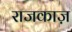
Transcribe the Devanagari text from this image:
राजकाज़